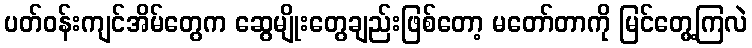
ပတ်ဝန်းကျင်အိမ်တွေက ဆွေမျိုးတွေချည်းဖြစ်တော့ မတော်တာကို မြင်တွေ့ကြလဲ